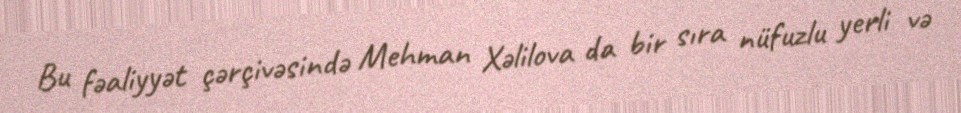
Bu fəaliyyət çərçivəsində Mehman Xəlilova da bir sıra nüfuzlu yerli və